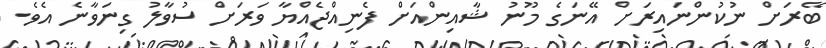
ބޭރަށް ނުކުންނައިރަށް އޭނަގެ މޫނު ޝާއިންއަށް ފެނިއްޖެއްޔާ ވަރަށް ސުވާލު ގިނަވާނެ އެވެ.